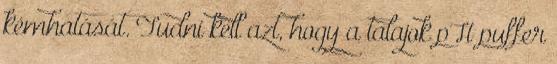
kémhatását. Tudni kell azt, hogy a talajok pH puffer